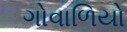
ગોવાળિયો